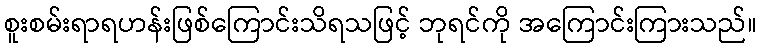
စူးစမ်းရာရဟန်းဖြစ်ကြောင်းသိရသဖြင့် ဘုရင်ကို အကြောင်းကြားသည်။